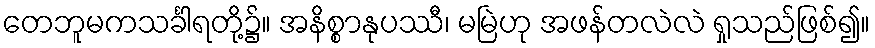
တေဘူမကသင်္ခါရတို့၌။ အနိစ္စာနုပဿီ၊ မမြဲဟု အဖန်တလဲလဲ ရှုသည်ဖြစ်၍။